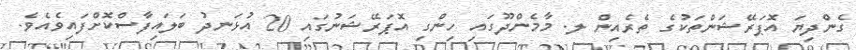
ގެންދިޔަ އޮޕަރޭޝަންތަކުގެ ތެރެއިން ލ. މާމެންދޫގައި ހިންގި އޮަޕަރޭޝަނުގައި 20 އުޅަނދު ބަލައިފާސްކޮށްފައިވެއެވެ.